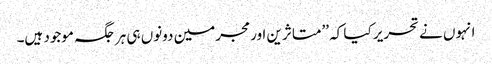
انہوں نے تحریر کیا کہ ’’متاثرین اور مجرمین دونوں ہی ہرجگہ موجود ہیں۔